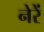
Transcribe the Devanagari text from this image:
नेरें